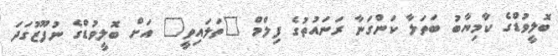
ބޮލީވުޑްގެ ކާމިޔާބު ބަތަލާ ކަންގަނާ ރަނައުތުގެ ފިލްމް "ތަލައިވީ" އަށް ބޮލީވުޑްގެ ނުފޫޒުގަދަ